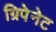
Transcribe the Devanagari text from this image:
ग्रिपेनेट